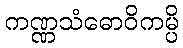
ကဏ္ဏသံဓောဝိကမ္ပိ